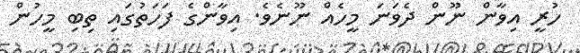
ހުރީ އިވާން ނޫން ދެވަނަ މީހެއް ނޫނެވެ. އިވާންގެ ފަހަތުގައި ތިބި މީހުން